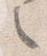
之